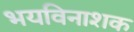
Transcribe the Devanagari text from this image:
भयविनाशक